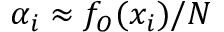
\alpha _ { i } \approx f _ { O } ( x _ { i } ) / N